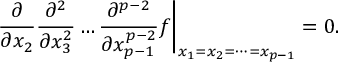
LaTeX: \frac { \partial } { \partial x _ { 2 } } \frac { \partial ^ { 2 } } { \partial x _ { 3 } ^ { 2 } } \dots \frac { \partial ^ { p - 2 } } { \partial x _ { p - 1 } ^ { p - 2 } } f \biggr | _ { x _ { 1 } = x _ { 2 } = \dots = x _ { p - 1 } } = 0 .